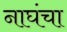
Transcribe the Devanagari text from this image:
नाघंचा